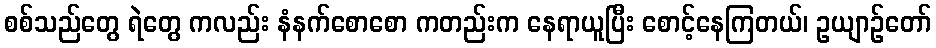
စစ်သည်တွေ ရဲတွေ ကလည်း နံနက်စောစော ကတည်းက နေရာယူပြီး စောင့်နေကြတယ်၊ ဥယျာဉ်တော်